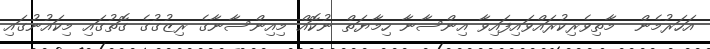
އަހަރުމެން  މާތިވެރިކުރައްވައިފައިވާ އިންސާނާ ހިމާޔަތް ނުކޮއް މިއިންސާނާގެ ރިޒުގުގެ ގޮތުގައި މިކައުނުގައި